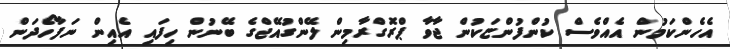
އެހެންކަމުން އެއްވެސް ކުންފުންޏަކުން ޖާވާ ޕްރޮގްރާމިން ލޭންގުއޭޖްގެ ބޭނުން ހިފައި އެއިން ނަފާހޯދަން